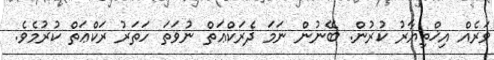
ވަރެއް އިޚްތިޔާރު ކުރުން. ބޭނުން ނަމަ ދެރަކްޢަތް ނުވަތަ ހަތަރު ރަކްޢަތް ކުރުމެވެ.